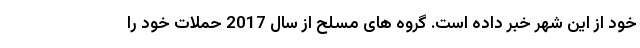
خود از این شهر خبر داده است. گروه های مسلح از سال 2017 حملات خود را